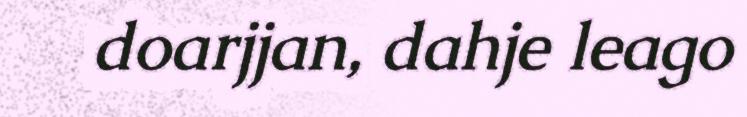
doarjjan, dahje leago